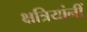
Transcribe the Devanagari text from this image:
क्षत्रियांनीं